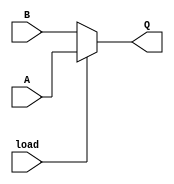
`timescale 1ns / 1ps
//////////////////////////////////////////////////////////////////////////////////
// Company: 
// Engineer: 
// 
// Design Name: 
// Module Name: MUX2to1
// Project Name: 
// Target Devices: 
// Tool Versions: 
// Description: 
// 
// Dependencies: 
// 
// Revision:
// Revision 0.01 - File Created
// Additional Comments:
// 
//////////////////////////////////////////////////////////////////////////////////


module MUX2to1(input A, input B, input load, output Q);

assign Q=(load==1'b1)? A:B;
endmodule